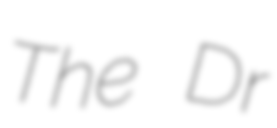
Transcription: The Dr